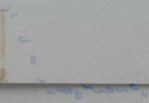
محل بيع الزهور يرسل باقات